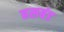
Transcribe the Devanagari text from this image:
हसबंड